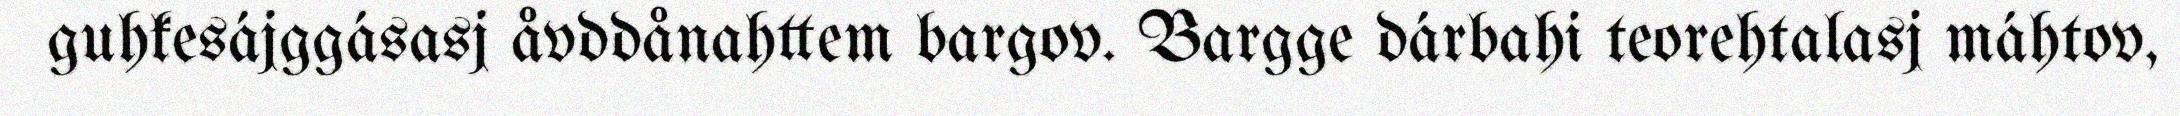
guhkesájggásasj åvddånahttem bargov. Bargge dárbahi teorehtalasj máhtov,